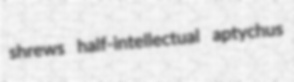
shrews half-intellectual aptychus